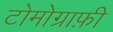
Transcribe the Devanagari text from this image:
टोमोग्राफ़ी